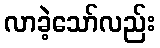
လာခဲ့သော်လည်း